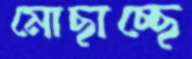
মোছাচ্ছে